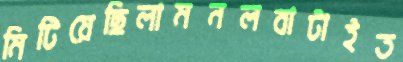
মিটিয়েছিলামনলবাটাইত